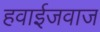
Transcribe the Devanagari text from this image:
हवाईजवाज